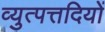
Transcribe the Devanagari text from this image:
व्युत्पत्तदियों